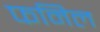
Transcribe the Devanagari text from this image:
फनिल